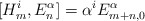
\begin{align*}[H^{i}_{m}, E^{\alpha}_{n}] = \alpha^{i}E^{\alpha}_{m+n,0}\end{align*}